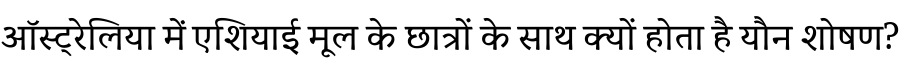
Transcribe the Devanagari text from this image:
ऑस्ट्रेलिया में एशियाई मूल के छात्रों के साथ क्यों होता है यौन शोषण?